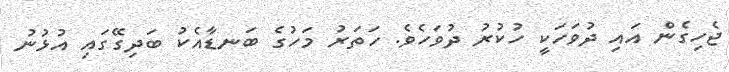
ޖެހިގެން އައި ދުވަހަކީ ހުކުރު ދުވަހެވެ. ހަތަރު މަހުގެ ބަނޑާއެކު ބަދިގޭގައި އުޅުނު